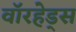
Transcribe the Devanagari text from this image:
वाॅरहेड्स